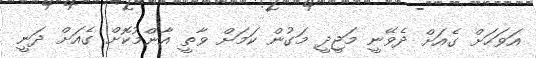
އަވަހަށް ގެއަށް ދެވޭނީ މަޖީދީ މަގުން ކަމަށް ވާތީ އާންމުކޮށް ގެއަށް ދަނީ